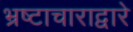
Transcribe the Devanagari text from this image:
भ्रष्टाचाराद्वारे